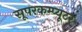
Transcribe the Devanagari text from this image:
सूपरकम्प्यूटर